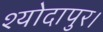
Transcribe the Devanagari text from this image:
श्योदापुर।